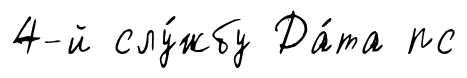
4-й слу́жбу Да́та пс